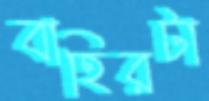
বাহিরটা